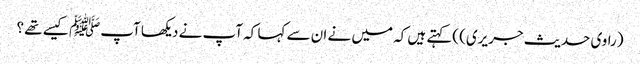
(راوی حدیث جریری) )کہتے ہیں کہ میں نے ان سے کہا کہ آپ نے دیکھا آپﷺ کیسے تھے ؟